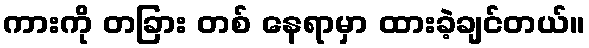
ကားကို တခြား တစ် နေရာမှာ ထားခဲ့ချင်တယ်။